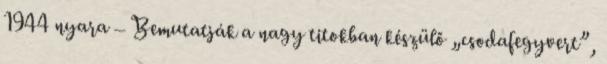
1944 nyara – Bemutatják a nagy titokban készülő „csodafegyvert”,